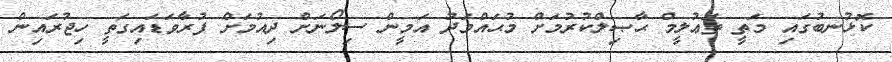
ކޮޅުނބުގައި މަތީ ތަޢުލީމް ޙާޞިލްކުރުމަށް މުޙައްމަދު އަމީން ސިލޯނަށް ދިއުމަށް ފުރާވަޑައިގަތީ ހިޖުރައިން